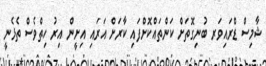
ޝާމިސް ޑްރައިވަރ ބުނިގޮތަށް ކަންތައްކޮށްފައި ކާރަށް އަރައި އިށީން އިރު ހިތްވެސް ތެޅެނީ